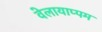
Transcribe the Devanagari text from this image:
वेलायाप्पम